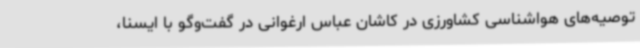
توصیه‌های هواشناسی کشاورزی در کاشان عباس ارغوانی در گفت‌وگو با ایسنا،